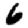
Digit: 6